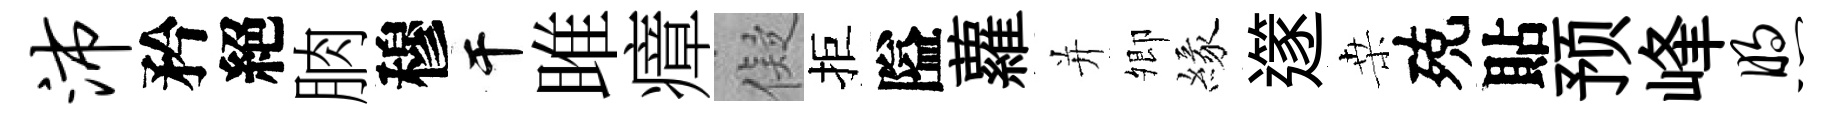
沛矜絕朒穆干雎瘴儗拒隘蘿并𡖖緣𨗹桒殑貼预峰煦